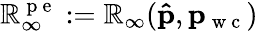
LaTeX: \mathbb{R}_{\infty}^{\mathrm{{~p~e~}}}:=\mathbb{R}_{\infty}(\mathbf{{\hat{{p}}}},\mathbf{{p}}_{\mathrm{{~w~c~}}})